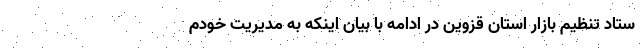
ستاد تنظیم بازار استان قزوین در ادامه با بیان اینکه به مدیریت خودم